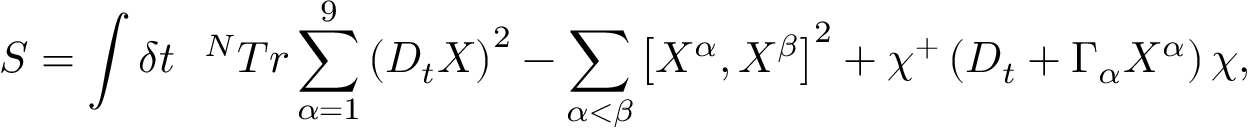
S = \int \delta t ~ ~ ^ { N } T r \sum _ { \alpha = 1 } ^ { 9 } \left( D _ { t } X \right) ^ { 2 } - \sum _ { \alpha < \beta } \left[ X ^ { \alpha } , X ^ { \beta } \right] ^ { 2 } + \chi ^ { + } \left( D _ { t } + \Gamma _ { \alpha } X ^ { \alpha } \right) \chi ,